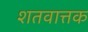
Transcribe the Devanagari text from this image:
शतवात्तक